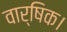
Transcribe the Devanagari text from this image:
वार्षिक।